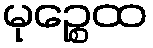
မုဉ္စေထ